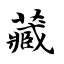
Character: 藏